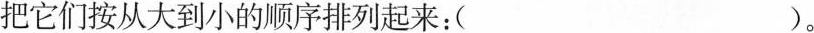
把它们按从大到小的顺序排列起来：( )。